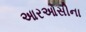
આરઓસીના